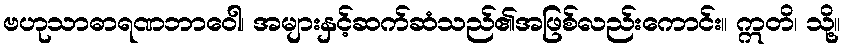
ဗဟုသာဓာရဏဘာဝေါ၊ အများနှင့်ဆက်ဆံသည်၏အဖြစ်လည်းကောင်း။ ဣတိ၊ သို့။